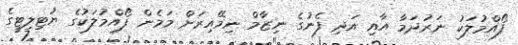
ފޯއްމުލަކު ނަރުދަމާ އާއި އަދި ފެނުގެ ނިޒާމް ނިމޭއިރަށް މަމެން ފޯއްމުލަކުގެ ޔުޓިލިޓީގެ